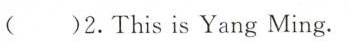
( )2.Thisis Yang Ming.